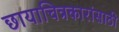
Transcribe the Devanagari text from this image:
छायाचित्रकारांसाठी